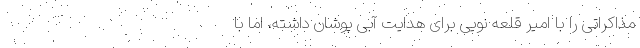
مذاکراتی را با امیر قلعه نویی برای هدایت آبی پوشان داشته، اما با